Madras plague regulations in force outside the Presidency town - Volume 1
Disease focus: Plague
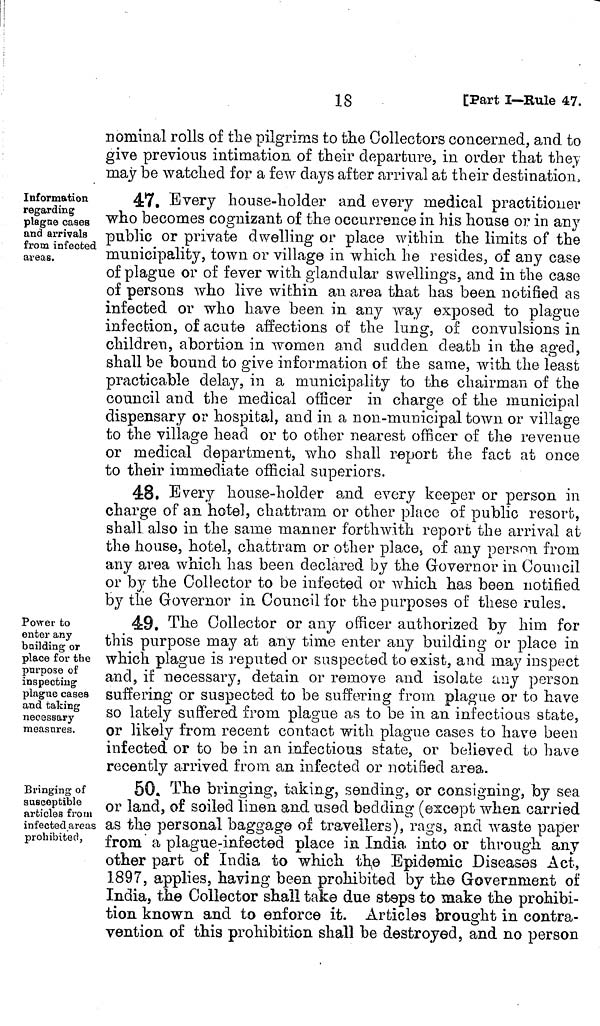
18
[Part I—Rule 47.
nominal rolls of the pilgrims to the Collectors concerned, and to
give previous intimation of their departure, in order that they
may be watched for a few days after arrival at their destination,
Information
regarding
plague cases
and arrivals
from infected
areas.
47. Every house-holder and every medical practitioner
who becomes cognizant of the occurrence in his house or in any
public or private dwelling or place within the limits of the
municipality, town or village in which he resides, of any case
of plague or of fever with glandular swellings, and in the case
of persons who live within an area that has been notified as
infected or who have been in any way exposed to plague
infection, of acute affections of the lung, of convulsions in
children, abortion in women and sudden death in the aged,
shall be bound to give information of the same, with the least
practicable delay, in a municipality to the chairman of the
council and the medical officer in charge of the municipal
dispensary or hospital, and in a non-municipal town or village
to the village head or to other nearest officer of the revenue
or medical department, who shall report the fact at once
to their immediate official superiors.
48. Every house-holder and every keeper or person in
charge of an hotel, chattram or other place of public resort,
shall also in the same manner forthwith report the arrival at
the house, hotel, chattram or other place, of any person from
any area which has been declared by the Governor in Council
or by the Collector to be infected or which has been notified
by the Governor in. Council for the purposes of these rules.
Power to
enter any
building or
place for the
purpose of
inspecting'
plague cases
and taking
necessary
measnres.
49. The Collector or any officer authorized by him for
this purpose may at any time enter any building or place in
which plague is reputed or suspected to exist, and may inspect
and, if necessary, detain or remove and isolate any person
Buffering or suspected to be suffering from plague or to have
so lately suffered from plague as to be in an infectious state,
or likely from recent contact with plague cases to have been
infected or to be in an infectious state, or believed to have
recently arrived from an infected or notified area.
Bringing of
susceptible
articles from
infected areas
prohibited,
50. The bringing, taking, sending, or consigning, by sea
or land, of soiled linen and used bedding (except when, carried
as the personal baggage of travellers), rags, and waste paper
from a plague-infected place in India into or through any
other part of India to which the Epidemic Diseases Act,
1897, applies, having been prohibited by the Government of
India, the Collector shall take due steps to make the prohibi-
tion known and to enforce it. Articles brought in contra-
vention of this prohibition shall be destroyed, and no person